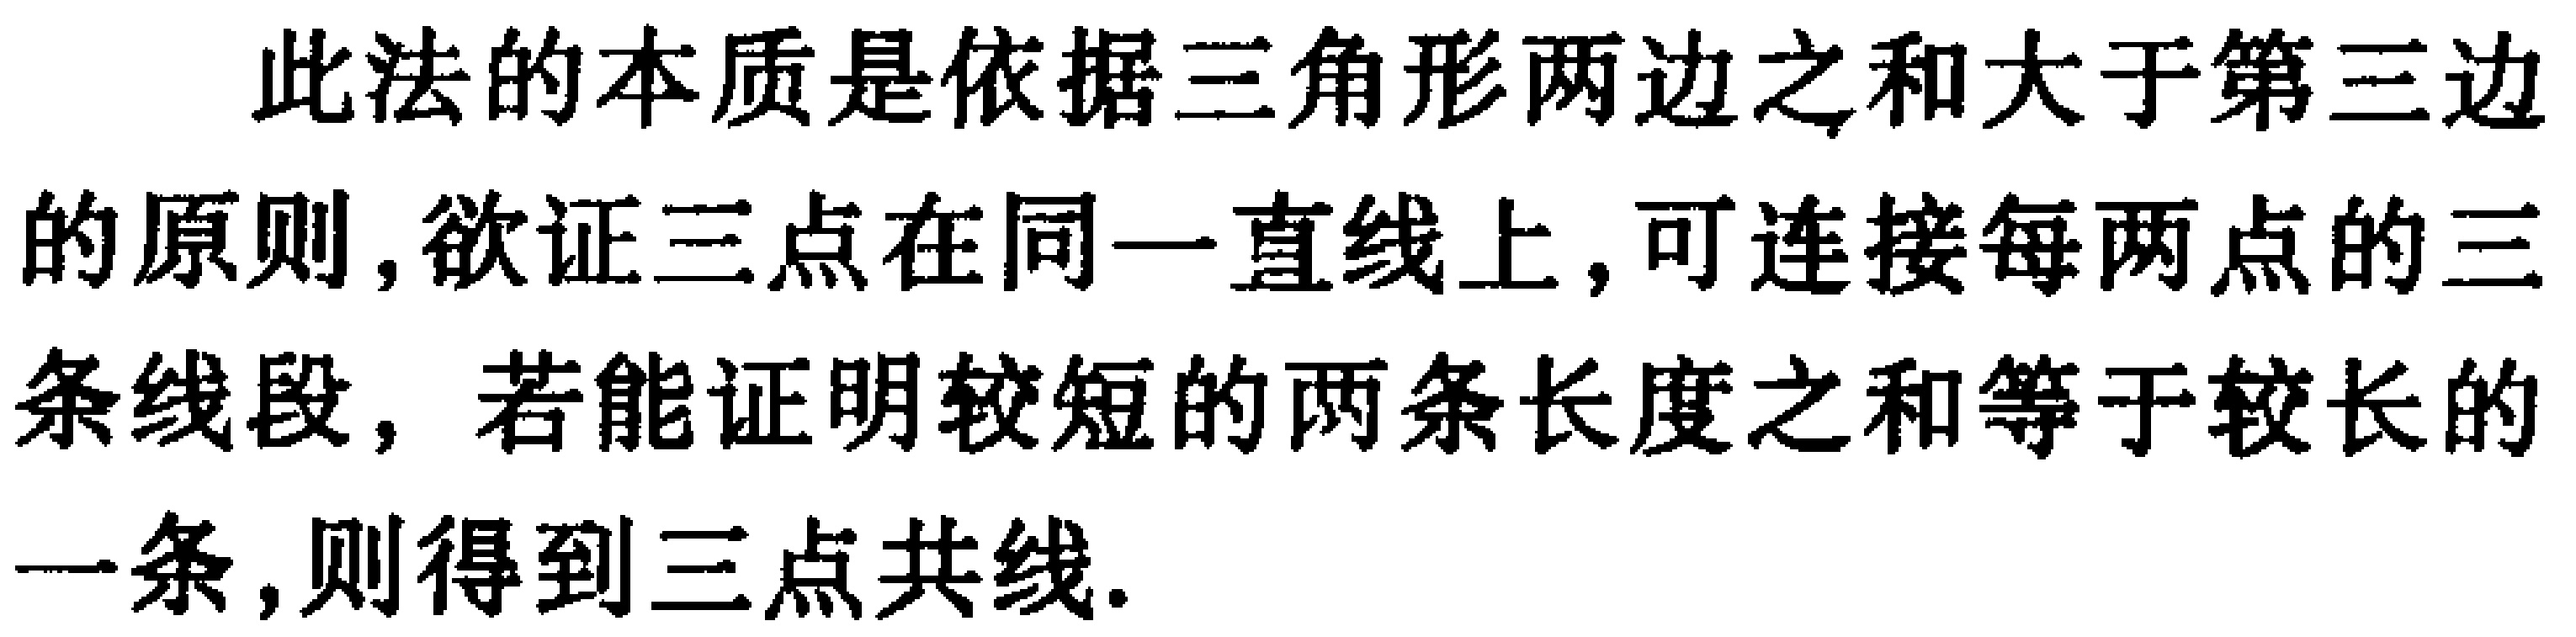
此法的本质是依据三角形两边之和大于第三边的原则, 欲证三点在同一直线上, 可连接每两点的三条线段, 若能证明较短的两条长度之和等于较长的一条, 则得到三点共线.